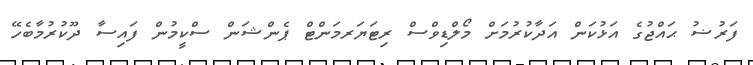
ފަރުޟު ޙައްޖުގެ އަޅުކަން އަދާކުރުމަށް މޯލްޑިވްސް ރިޓަޔަރމަންޓް ޕެންޝަން ސްކީމުން ފައިސާ ދޫކުރުމާބެހޭ